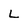
Character: L